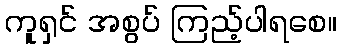
ကူရှင် အစွပ် ကြည့်ပါရစေ။